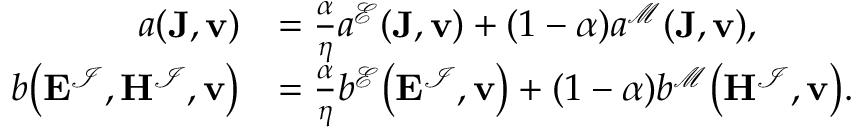
\begin{array} { r l } { a ( \mathbf { J } , \mathbf { v } ) } & { = \frac { \alpha } { \eta } a ^ { \mathcal { E } } ( \mathbf { J } , \mathbf { v } ) + ( 1 - \alpha ) a ^ { \mathcal { M } } ( \mathbf { J } , \mathbf { v } ) , } \\ { b \big ( \mathbf { E } ^ { \mathcal { I } } , \mathbf { H } ^ { \mathcal { I } } , \mathbf { v } \big ) } & { = \frac { \alpha } { \eta } b ^ { \mathcal { E } } \big ( \mathbf { E } ^ { \mathcal { I } } , \mathbf { v } \big ) + ( 1 - \alpha ) b ^ { \mathcal { M } } \big ( \mathbf { H } ^ { \mathcal { I } } , \mathbf { v } \big ) . } \end{array}